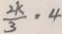
\frac { 2 k } { 3 } = 4